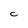
Character: c